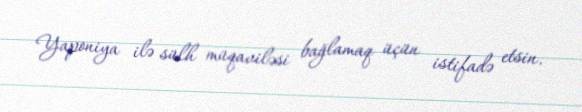
Yaponiya ilə sülh müqaviləsi bağlamaq üçün istifadə etsin.